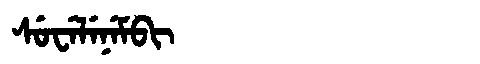
Manchu: ᠰᡠᠸᡝᠯᡝᠨᡝᠮᠪᡳ
Romanization: SUWELENEMBI